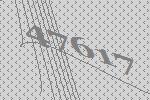
47617